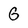
Character: G